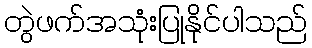
တွဲဖက်အသုံးပြုနိုင်ပါသည်